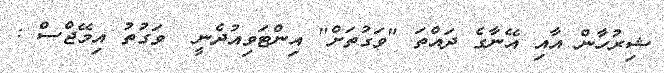
ޝިރުހާން އާއި އޭނާގެ ދައްތަ "ވަގުތަށް" އިންޓަވިއުދެނީ  ވަގުތު އިމޭޖްސް :